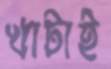
খাটাই